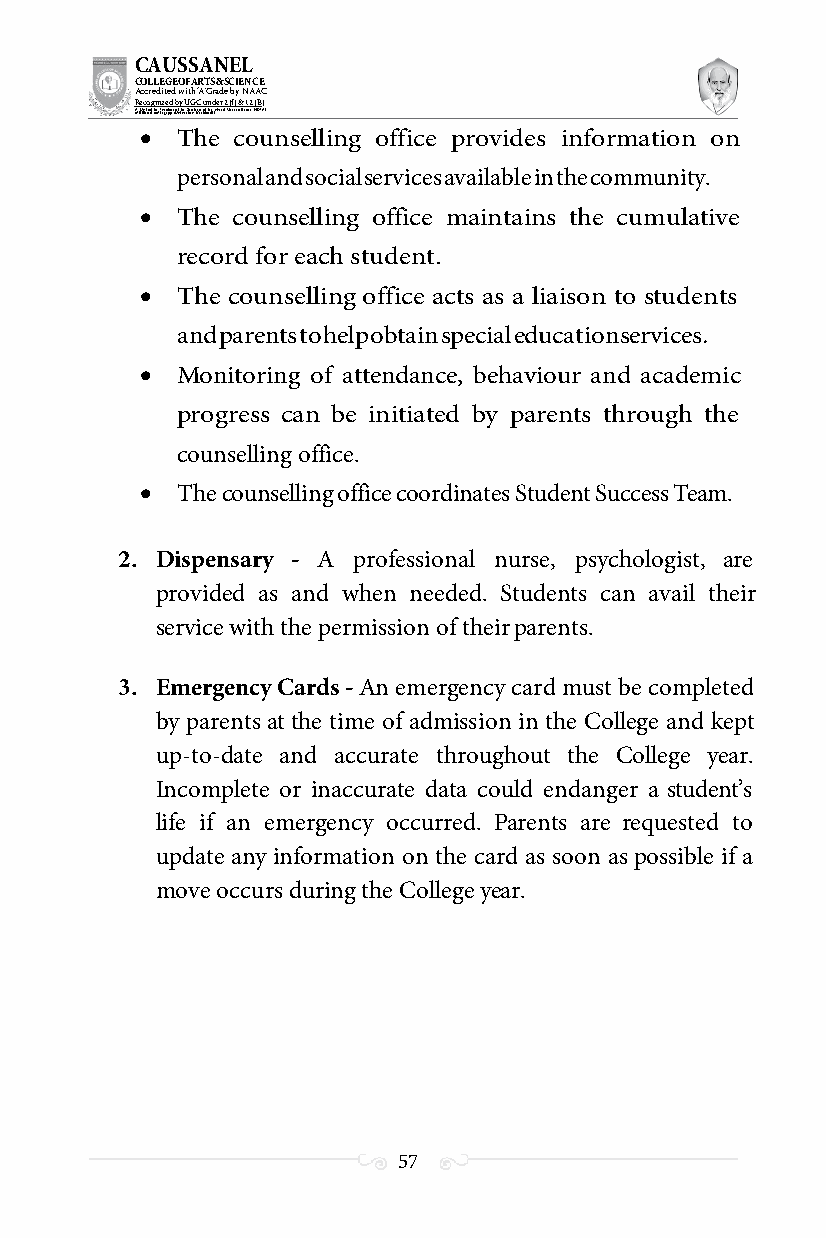
CAUSSANEL
 COLLEGE OF ARTS & SCIENCE
 Accredited with ‘A’ Grade by NAAC
 Recognized by UGC under 2 (f) & 12 (B)
 ((AA fUfilniaitt eodf ttoh eA Ilnasgtaitpuptae oUfn tihvee rBsirtoy,t hKerasr aoifk uthdei )S acred Heart of Jesus, INDIA)
   The counselling office provides information on
 personal and social services available in the community.
   The counselling office maintains the cumulative
 record for each student.
   The counselling office acts as a liaison to students
 and parents to help obtain special education services.
   Monitoring of attendance, behaviour and academic
 progress can be initiated by parents through the
 counselling office.
   The counselling office coordinates Student Success Team.
 2. Dispensary - A professional nurse, psychologist, are
 provided as and when needed. Students can avail their
 service with the permission of their parents.
 3. Emergency Cards - An emergency card must be completed
 by parents at the time of admission in the College and kept
 up-to-date and accurate throughout the College year.
 Incomplete or inaccurate data could endanger a student’s
 life if an emergency occurred. Parents are requested to
 update any information on the card as soon as possible if a
 move occurs during the College year.
 57